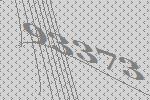
93373